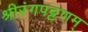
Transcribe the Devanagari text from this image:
श्रीरंगपट्टणम्